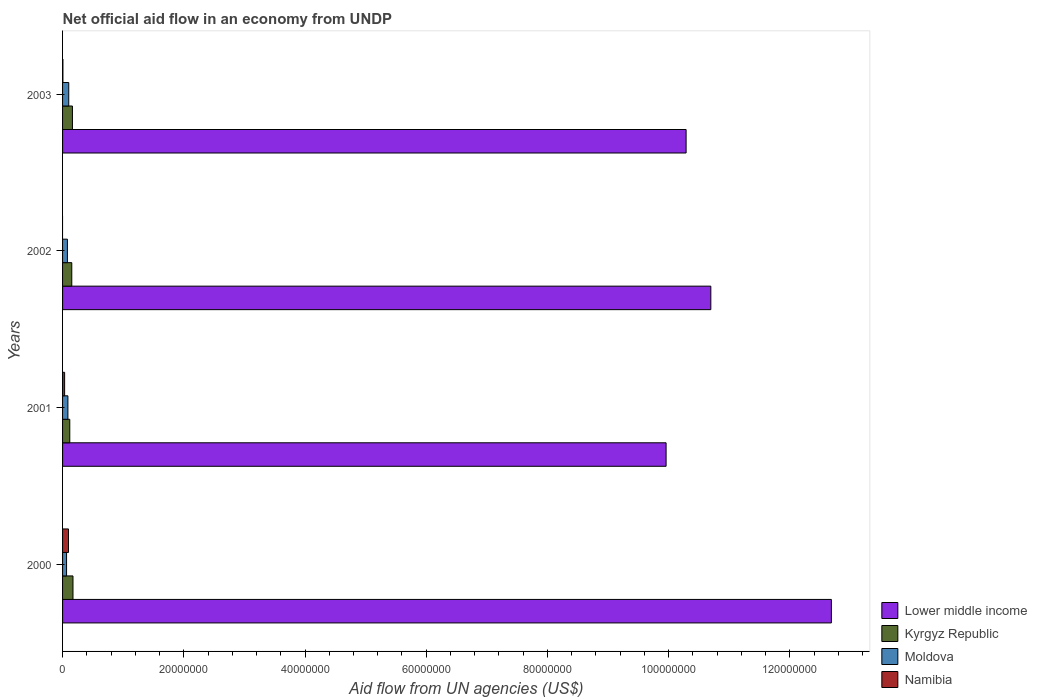
| Years | Lower middle income | Kyrgyz Republic | Moldova | Namibia |
 | --- | --- | --- | --- | --- |
 | 2000 | 1.27e+08 | 1.72e+06 | 6.6e+05 | 9.8e+05 |
 | 2001 | 9.96e+07 | 1.19e+06 | 8.8e+05 | 3.4e+05 |
 | 2002 | 1.07e+08 | 1.52e+06 | 8e+05 | -1.5e+05 |
 | 2003 | 1.03e+08 | 1.63e+06 | 1.02e+06 | 6e+04 |